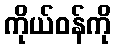
ကိုယ်ဝန်ကို